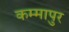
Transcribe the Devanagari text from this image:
कम्मापुर